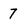
Character: 7